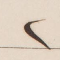
٢